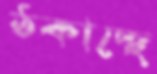
ঠকাচ্ছে